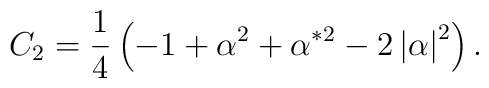
C_2=\frac 14\left( -1+\alpha ^2+\alpha ^{*2}-2\left| \alpha \right|^2\right) .